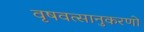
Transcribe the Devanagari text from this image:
वृषवत्सानुकरणो